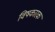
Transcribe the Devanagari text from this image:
विषकारक